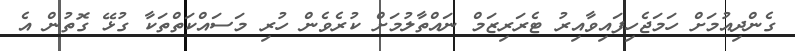
ގެންދިއުމަށް ހަމަޖެހިފައިވާއިރު ޓެރަރިޒަމް ނައްތާލުމަށް ކުރެވެން ހުރި މަސައްކަތްތަކާ ގުޅޭ ގޮތުން އެ